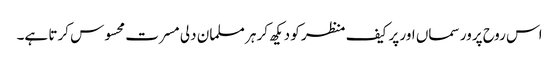
اس روح پرور سماں اور پر کیف منظر کو دیکھ کر ہر مسلمان دلی مسرت محسوس کرتا ہے۔